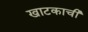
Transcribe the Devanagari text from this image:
खाटकाची